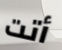
أتت